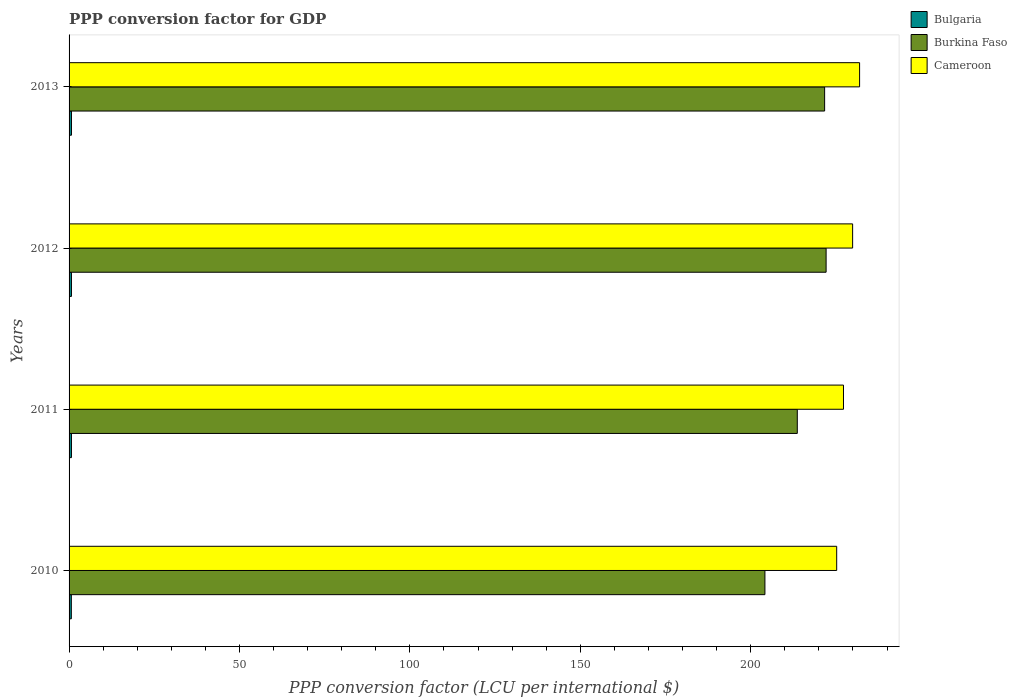
| Years | Bulgaria | Burkina Faso | Cameroon |
 | --- | --- | --- | --- |
 | 2010 | 0.662 | 204 | 225 |
 | 2011 | 0.699 | 214 | 227 |
 | 2012 | 0.699 | 222 | 230 |
 | 2013 | 0.702 | 222 | 232 |